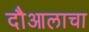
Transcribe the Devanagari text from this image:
दौआलाचा